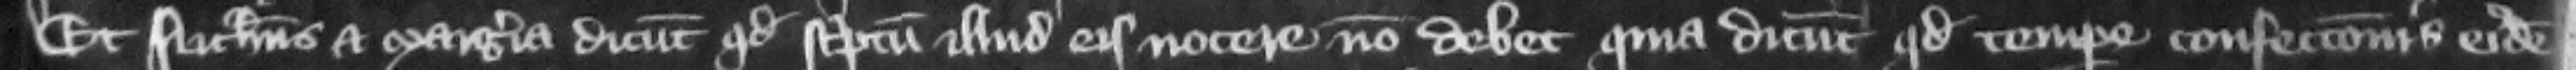
Et Nicholaus et Margeria dicunt quod scriptum illud eis nocere non debet quia dicunt quod tempore confeccionis eiusdem